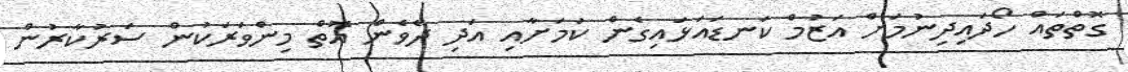
ގޮތްތައް ހޯދައިދިނުމަށް އަޒުމް ކަނޑައަޅައިގެން ކަމަށާއި އަދި ދެވެން އޮތް މިންވަރަކުން ސަރުކާރުން